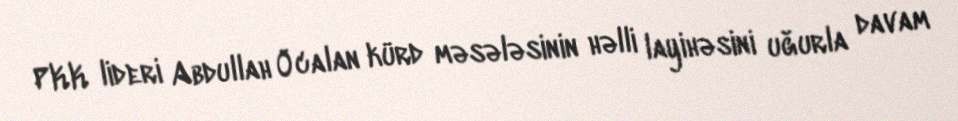
PKK lideri Abdullah Öcalan kürd məsələsinin həlli layihəsini uğurla davam